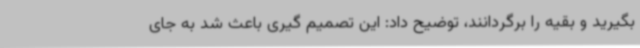
بگیرید و بقیه را برگردانند، توضیح داد: این تصمیم گیری باعث شد به جای